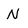
Character: N